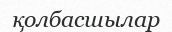
қолбасшылар